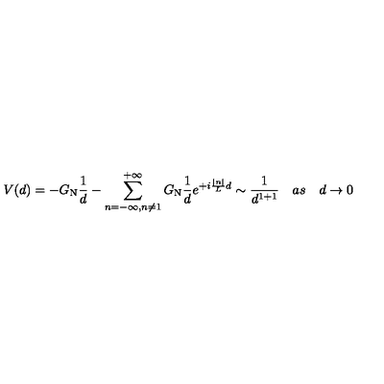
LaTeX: V ( d ) = - G _ { \mathrm { N } } { \frac { 1 } { d } } - \sum _ { n = - \infty , n \not = 1 } ^ { + \infty } G _ { \mathrm { N } } { \frac { 1 } { d } } e ^ { + i { \frac { | n | } { L } } d } \sim { \frac { 1 } { d ^ { 1 + 1 } } } \quad a s \quad d \rightarrow 0